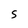
Character: S